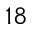
1 8